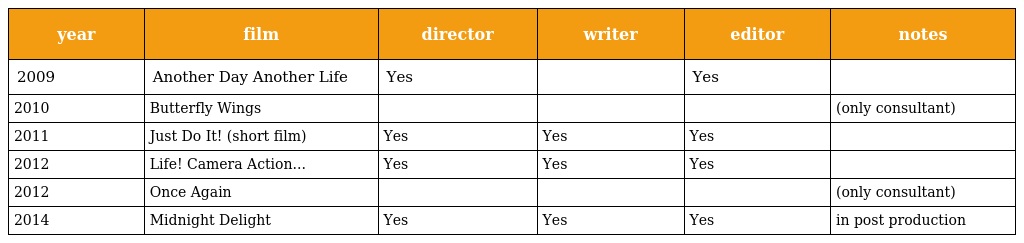
| year | film | director | writer | editor | notes |
 | --- | --- | --- | --- | --- | --- |
 | 2009 | Another Day Another Life | Yes |  | Yes |  |
 | 2010 | Butterfly Wings |  |  |  | (only consultant) |
 | 2011 | Just Do It! (short film) | Yes | Yes | Yes |  |
 | 2012 | Life! Camera Action... | Yes | Yes | Yes |  |
 | 2012 | Once Again |  |  |  | (only consultant) |
 | 2014 | Midnight Delight | Yes | Yes | Yes | in post production |